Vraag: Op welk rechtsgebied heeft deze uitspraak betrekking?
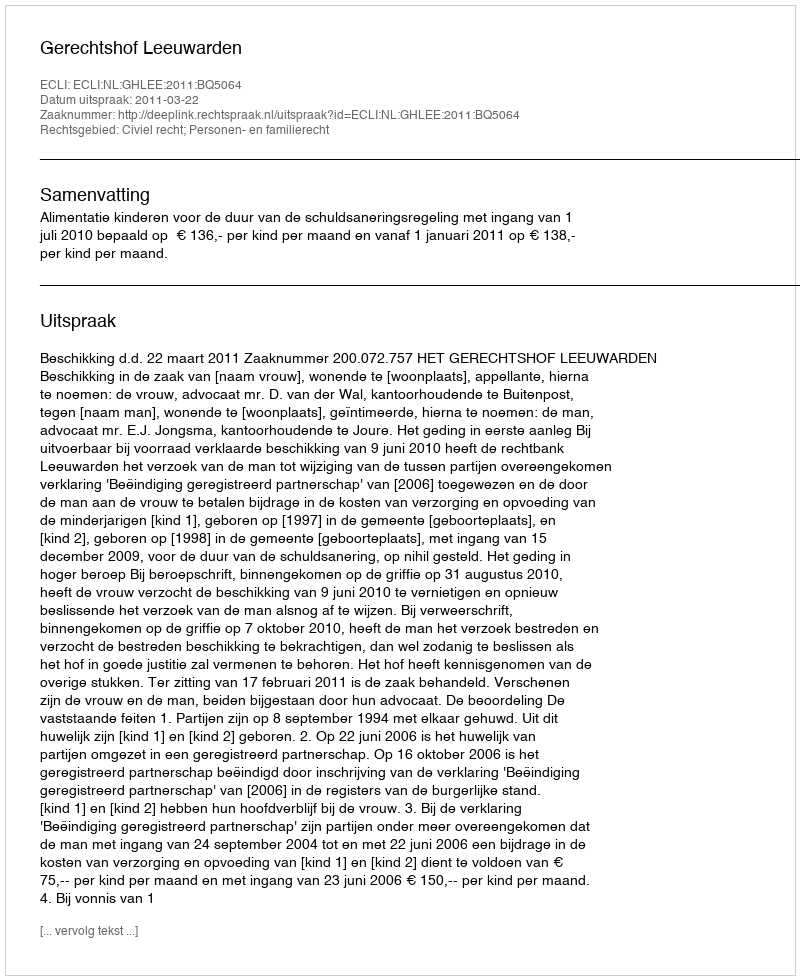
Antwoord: Civiel recht; Personen- en familierecht